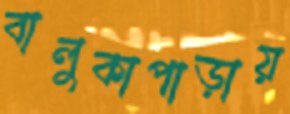
বালুকাপাড়ায়